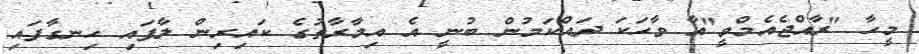
މީހާ "ރާއްޖެއެމްވީ"އާ ވާހަކަ ދައްކަމުން ބުނީ އެ އިމާރާތުގެ ކައިރިން ލާފައި ހިނގާފައި